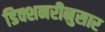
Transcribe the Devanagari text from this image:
डिक्शनरीनुसार